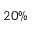
2 0 \%